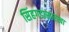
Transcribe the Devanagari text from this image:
सिंहगडासारखा